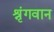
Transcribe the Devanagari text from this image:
श्रृंगवान